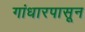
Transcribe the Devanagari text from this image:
गांधारपासून